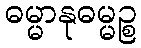
ဓမ္မာနုဓမ္မဉ္စ